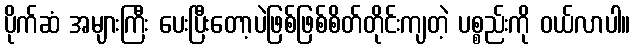
ပိုက်ဆံ အများကြီး ပေးပြီးတော့ပဲဖြစ်ဖြစ်စိတ်တိုင်းကျတဲ့ ပစ္စည်းကို ဝယ်လာပါ။